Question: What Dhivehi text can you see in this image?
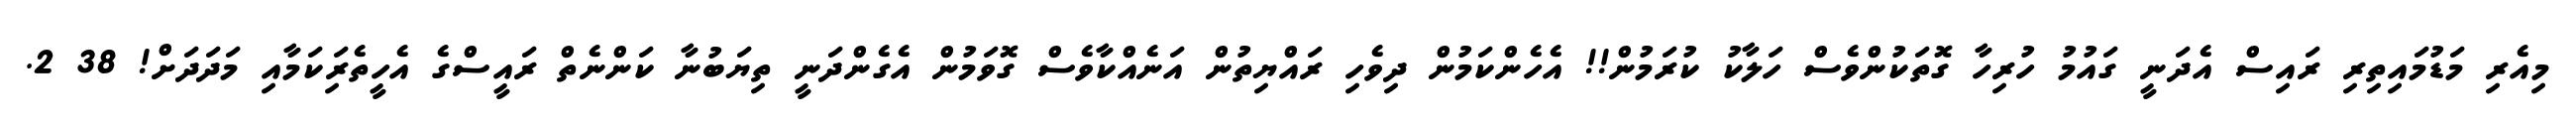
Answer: މިއެރި މަޑުމައިތިރި ރައިސް އެދަނީ ގައުމު ހުރިހާ ގޮތަކުންވެސް ހަލާކު ކުރަމުން!! އެހެންކަމުން ދިވެހި ރައްޔިތުން އަނެއްކާވެސް ގޮވަމުން އެގެންދަނީ ތިޔަބުނާ ކަންނެތް ރައީސްގެ އެހީތެރިަކަމާއި މަދަދަށް! 38 2.